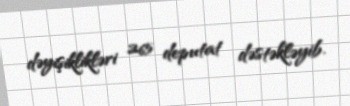
dəyişiklikləri 265 deputat dəstəkləyib.